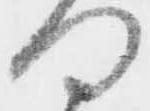
何